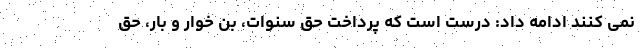
نمی کنند ادامه داد: درست است که پرداخت حق سنوات، بن خوار و بار، حق